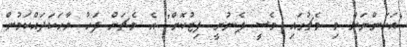
"އަހަންނަށް މި މެޗުގައި މެސީ ފެނުނީ ފިޓުކޮށް" އެ މެޗަށް ފަހު ވާހަކަދައްކަމުން